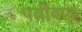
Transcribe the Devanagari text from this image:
पत्नीवाद